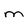
Character: M